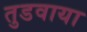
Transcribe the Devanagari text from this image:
तुडवाया